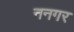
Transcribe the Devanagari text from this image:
ननगर